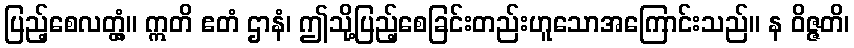
ပြည့်စေလတ္တံ့။ ဣတိ ဧတံ ဌာနံ၊ ဤသို့ပြည့်စေခြင်းတည်းဟူသောအကြောင်းသည်။ န ဝိဇ္ဇတိ၊